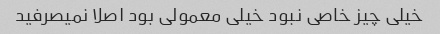
خیلی چیز خاصی نبود خیلی معمولی بود اصلا نمیصرفید